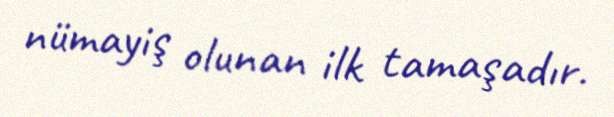
nümayiş olunan ilk tamaşadır.